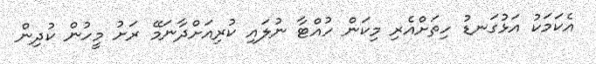
އެކަމަކު އަޅުގަނޑު ހިތަށްއެރި މިކަން ހުއްޓާ ނުލައި ކުރިއަށްދާނަމޭ ރަށު މީހުން ކުދިން